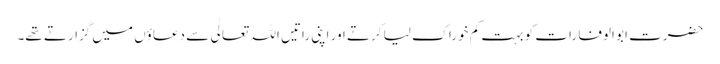
حضرت ابو الوفا رات کو بہت کم خوراک لیا کرتے اور اپنی راتیں اللہ تعالٰی سے دعاؤں میں گزارتے تھے۔